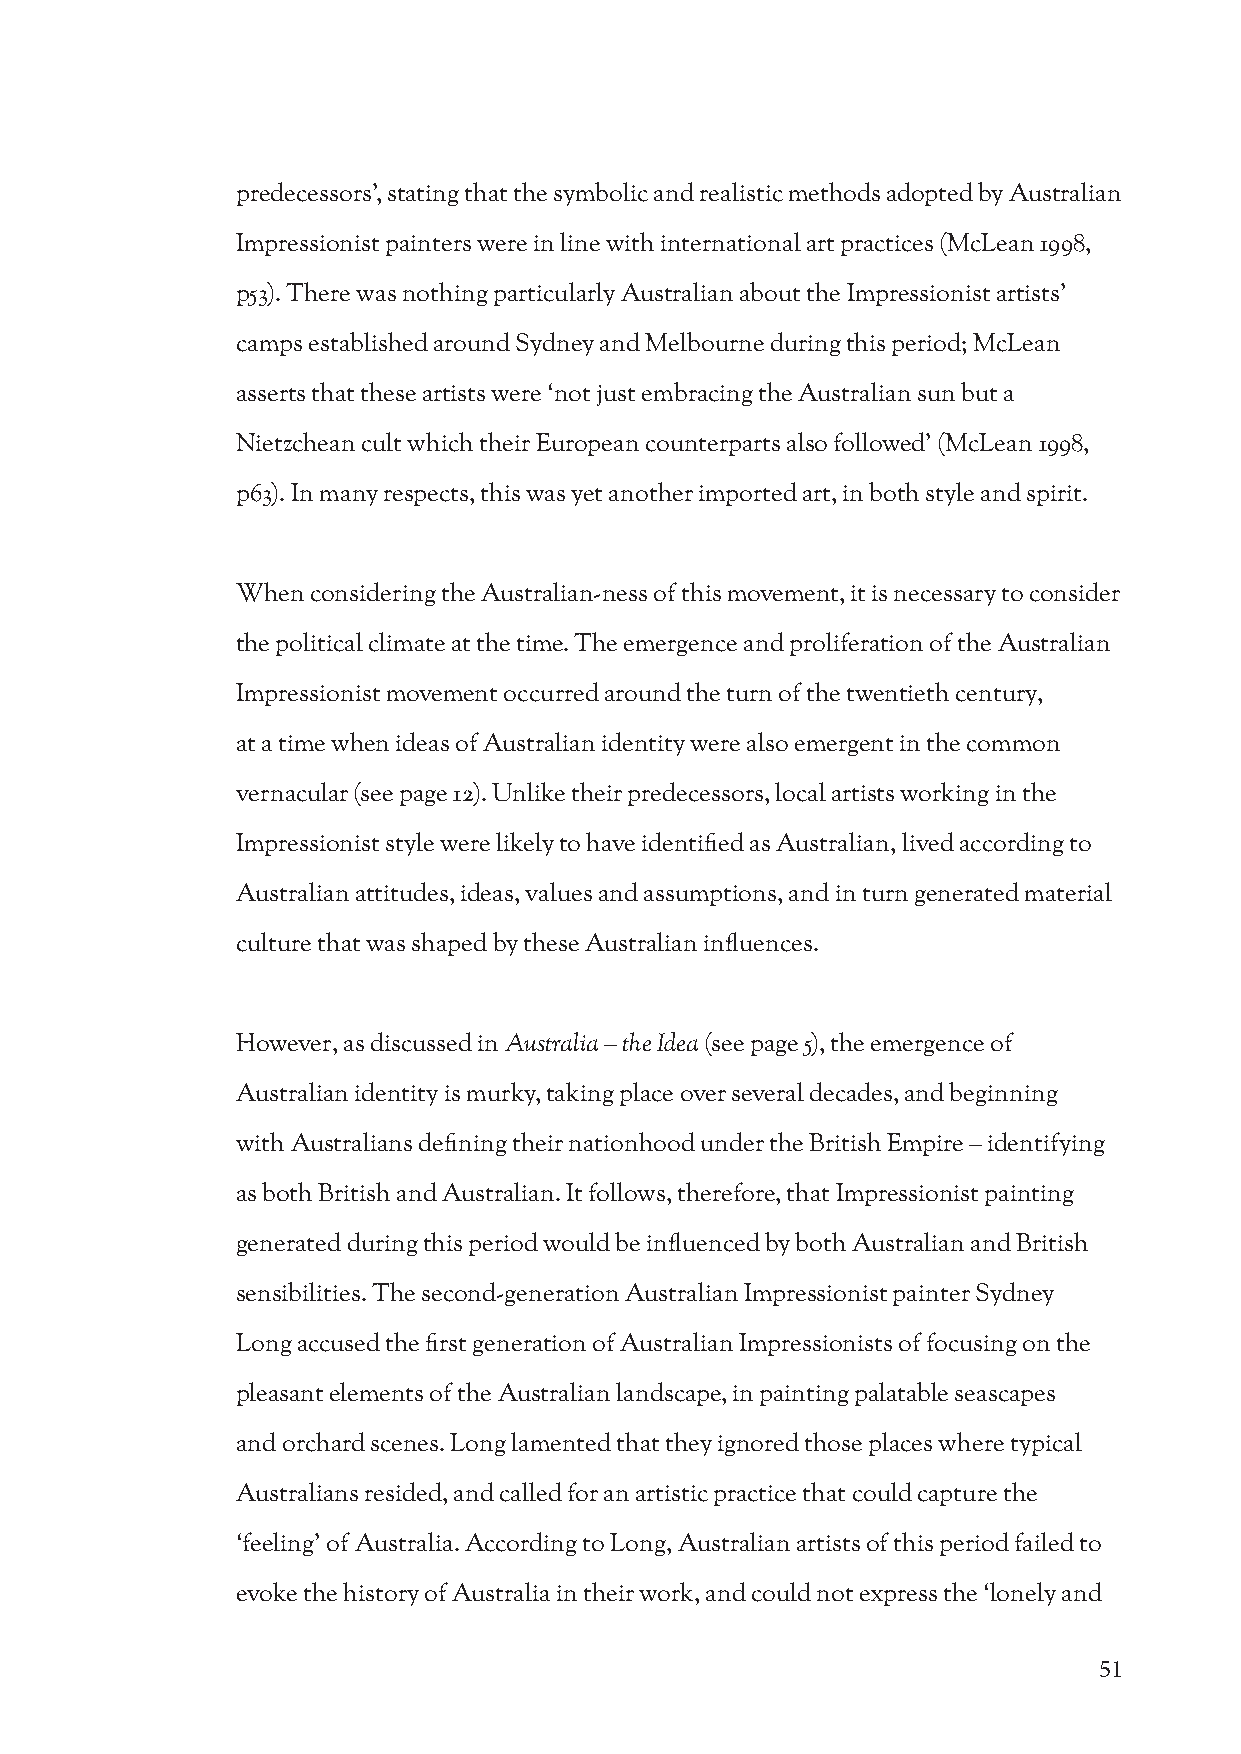
predecessors’, stating that the symbolic and realistic methods adopted by Australian
 Impressionist painters were in line with international art practices (McLean 1998,
 p53). There was nothing particularly Australian about the Impressionist artists’
 camps established around Sydney and Melbourne during this period; McLean
 asserts that these artists were ‘not just embracing the Australian sun but a
 Nietzchean cult which their European counterparts also followed’ (McLean 1998,
 p63). In many respects, this was yet another imported art, in both style and spirit.
 When considering the Australian-ness of this movement, it is necessary to consider
 the political climate at the time. The emergence and proliferation of the Australian
 Impressionist movement occurred around the turn of the twentieth century,
 at a time when ideas of Australian identity were also emergent in the common
 vernacular (see page 12). Unlike their predecessors, local artists working in the
 Impressionist style were likely to have identified as Australian, lived according to
 Australian attitudes, ideas, values and assumptions, and in turn generated material
 culture that was shaped by these Australian influences.
 However, as discussed in Australia – the Idea (see page 5), the emergence of
 Australian identity is murky, taking place over several decades, and beginning
 with Australians defining their nationhood under the British Empire – identifying
 as both British and Australian. It follows, therefore, that Impressionist painting
 generated during this period would be influenced by both Australian and British
 sensibilities. The second-generation Australian Impressionist painter Sydney
 Long accused the first generation of Australian Impressionists of focusing on the
 pleasant elements of the Australian landscape, in painting palatable seascapes
 and orchard scenes. Long lamented that they ignored those places where typical
 Australians resided, and called for an artistic practice that could capture the
 ‘feeling’ of Australia. According to Long, Australian artists of this period failed to
 evoke the history of Australia in their work, and could not express the ‘lonely and
 51